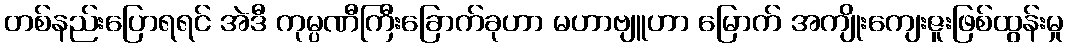
တစ်နည်းပြောရရင် အဲဒီ ကုမ္ပဏီကြီးခြောက်ခုဟာ မဟာဗျူဟာ မြောက် အကျိုးကျေးဇူးဖြစ်ထွန်းမှု